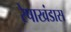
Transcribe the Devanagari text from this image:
रेषाखंडास